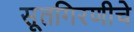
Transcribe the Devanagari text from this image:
सूतगिरणीचे